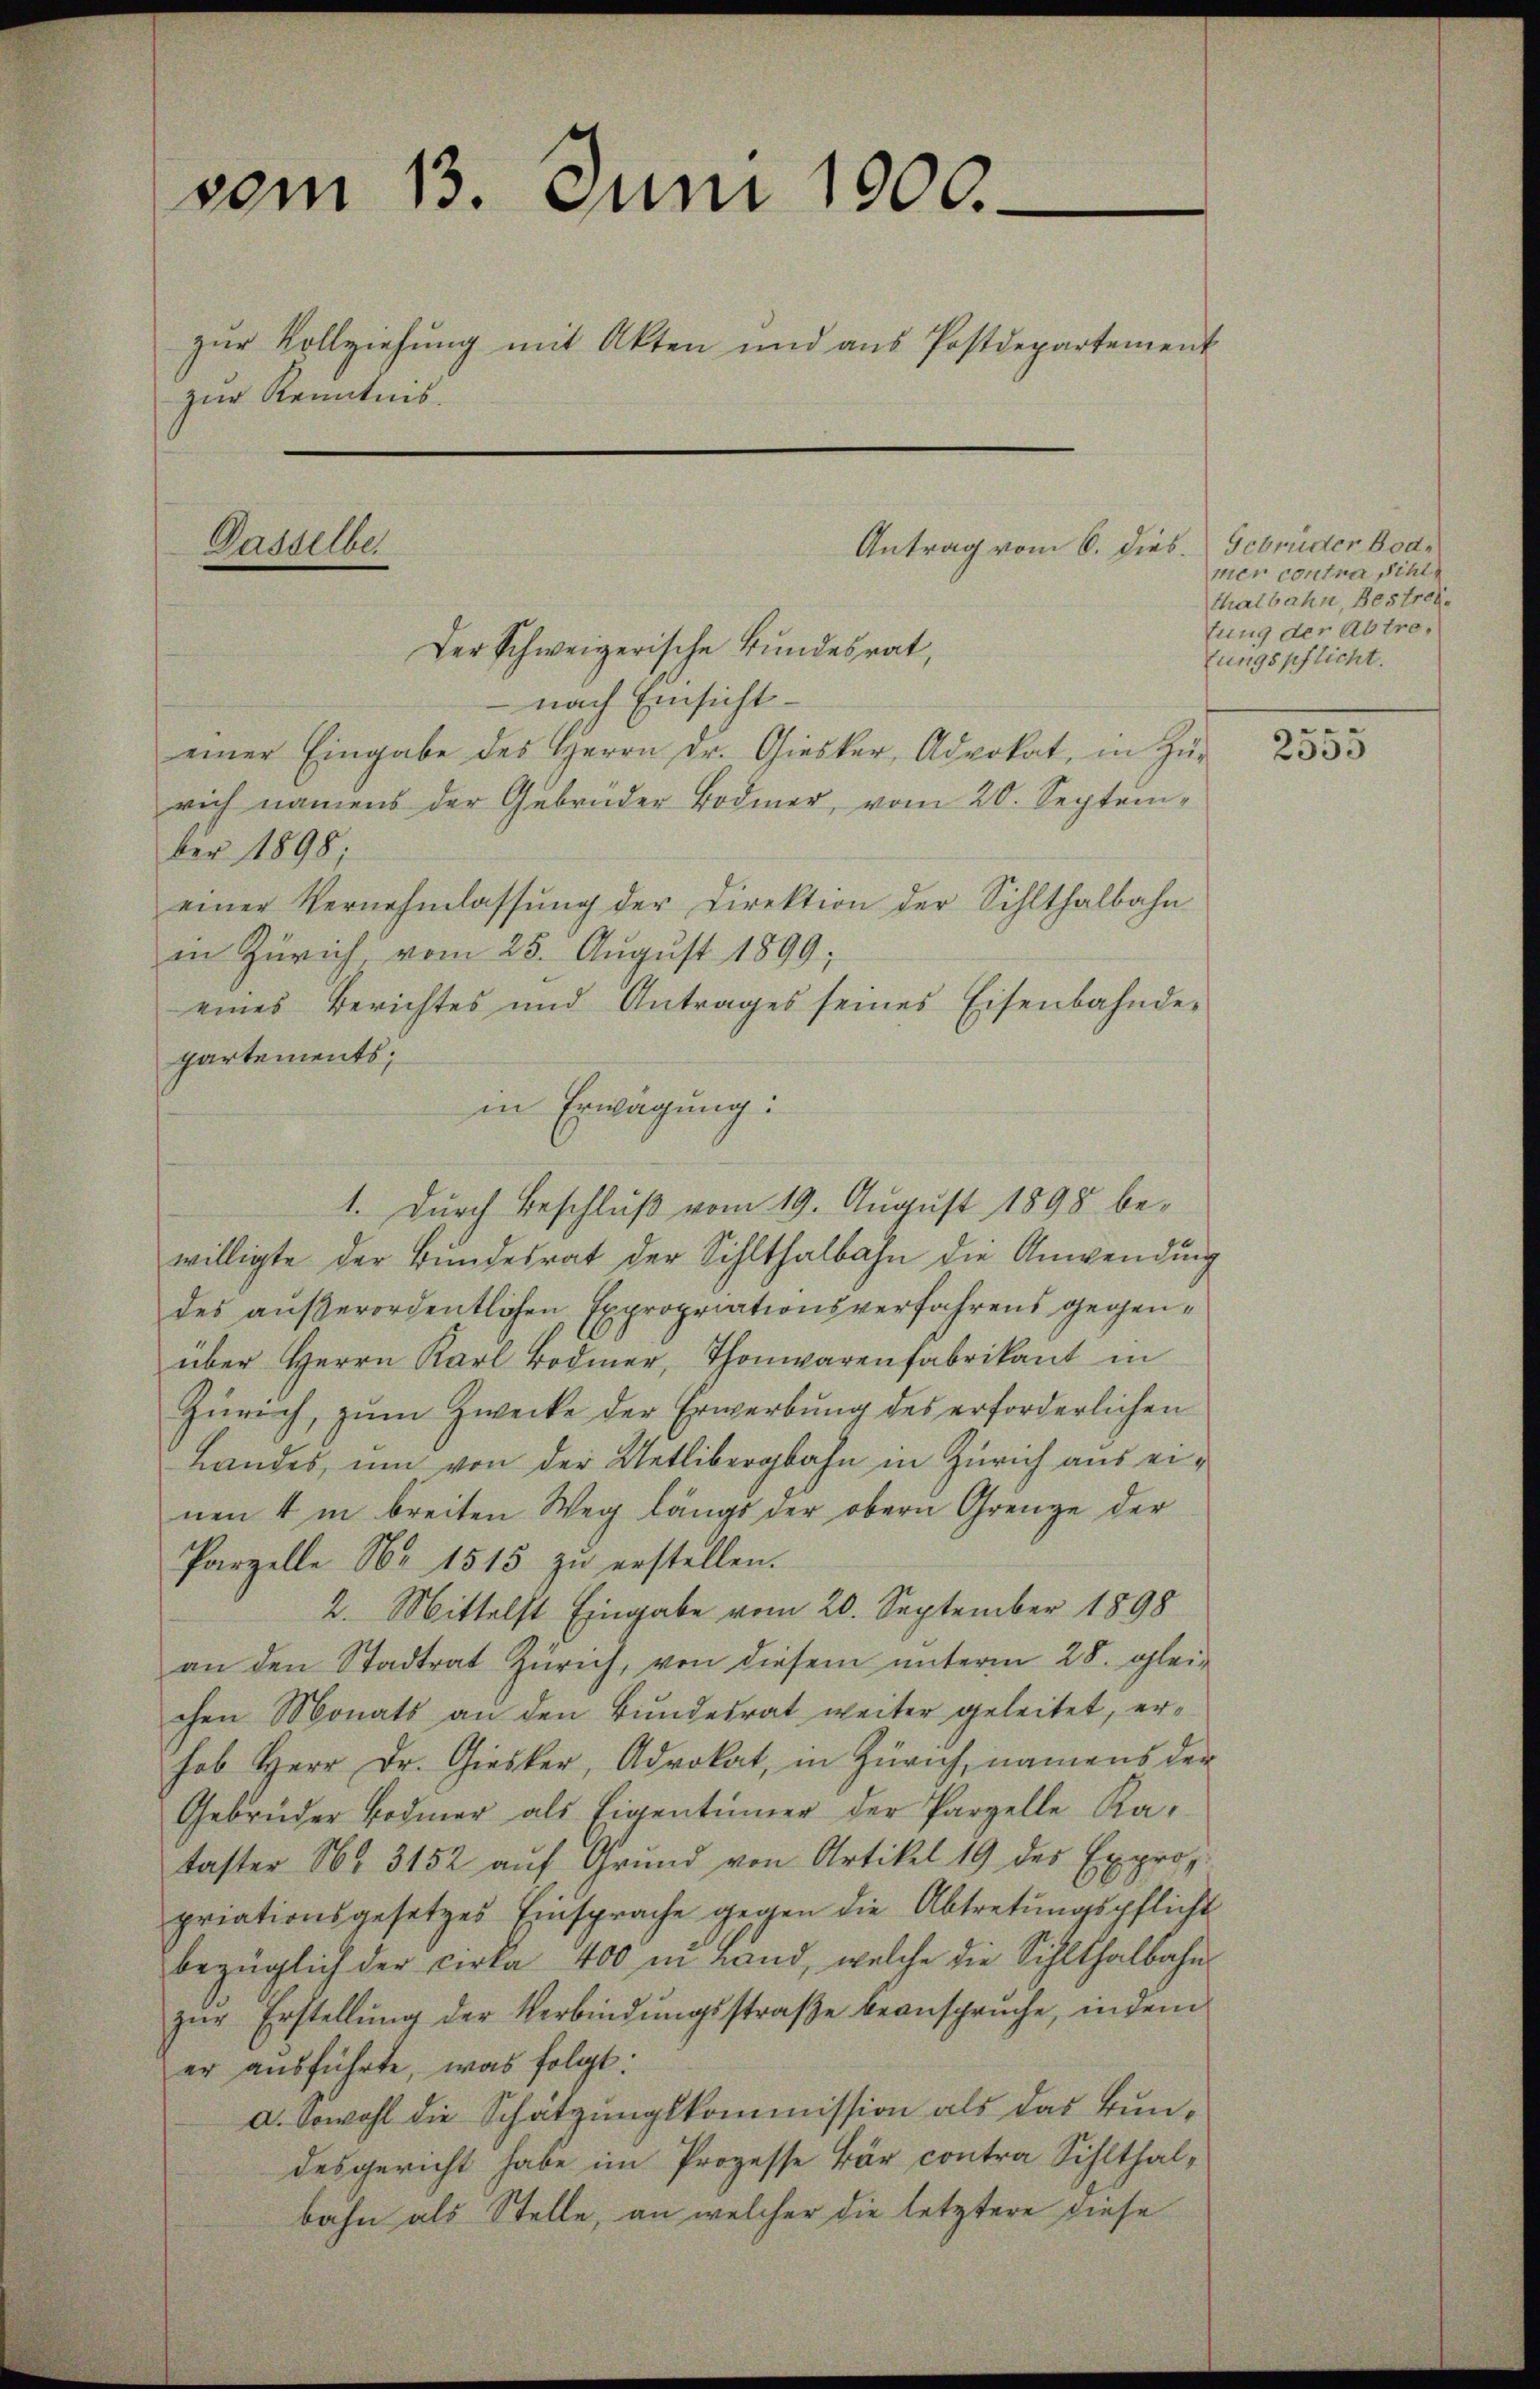
vom 13. Juni 1900.
zŭr Vollziehung mit Akten und aus Postdepartement
zur Kenntnis.
Antrag vom 6. dies. Gebrüder Bod¬
Dasselber

Der Schweizerische Bundesrat,
nach Einsicht
einer Eingabe des Herrn Dr. Giesker, Advokat, in Zŭ-
rich namens der Gebrüder Bodmer, vom 20. September 1898;
einer Vernehmlassŭng der Direktion der Sihlthalbahn
in Zürich, vom 25. August 1899;
eines Berichtes und Antrages seines Eisenbahnde-
partements;
1. Durch Beschluß vom 19. August 1898 bewilligte der Bundesrat der Sihlthalbahn die Anwendung
des außerordentlichen Expropriationsverfahrens gegenüber Herrn Karl Bodmer, Thonwarenfabrikant in
Zürich, zŭm Zwecke der Erwerbŭng des erforderlichen
Landes, um von der Uetlibergbahn in Zürich aus einen 4 in breiten Weg längs der obern Grenze der
Parzelle Nr. 1515 zu erstellen.
2. Mittelst Eingabe vom 20. September 1898
an den Stadtrat Zürich, von diesem ŭnterm 28. gleichen Monats an den Bundesrat weiter geleitet, erhob Herr Dr. Giesker, Advokat, in Zürich, namens der
Gebrüder Bodmer als Eigentümer der Parzelle Ka-
taster No 3452 aŭf Grŭnd von Artikel 19 des Exprop.
priationsgesetzes Einsprache gegen die Abtretungspflicht
bezüglich der cirka 400 in Land, welche die Sihlthalbahn-
zŭr Erstellŭng der Verbindŭngsstraβe beanspruche, indem
er ausführte, was folgt:
a. Sowohl die Schätzungskommission als das Bundesgericht habe im Prozesse Bär contra Sihlthalbahn als Stelle, an welcher die letztere diese

in Erwägung:

mer contra Pichl
thalbahn, Bestrei
tung der Abtrelungspflicht.

2555